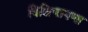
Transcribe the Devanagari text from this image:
विक्षिप्तपणा